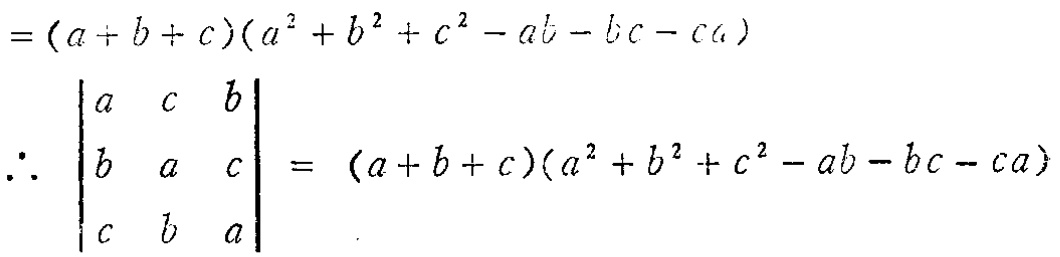
\[
\begin{align*}
&=(a + b + c)(a^{2}+b^{2}+c^{2}-ab - bc - ca)\\
\therefore \begin{vmatrix}
a&c&b\\
b&a&c\\
c&b&a
\end{vmatrix}&=(a + b + c)(a^{2}+b^{2}+c^{2}-ab - bc - ca)
\end{align*}
\]